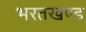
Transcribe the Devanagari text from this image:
भरतखण्ड